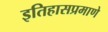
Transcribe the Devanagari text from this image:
इतिहासप्रमाणे